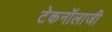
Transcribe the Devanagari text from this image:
टेकनॉलाजी